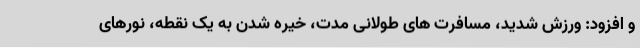
و افزود: ورزش شدید، مسافرت های طولانی مدت، خیره شدن به یک نقطه، نورهای